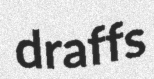
draffs